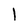
Character: l